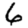
Digit: 6